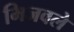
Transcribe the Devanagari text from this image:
भिजवले